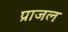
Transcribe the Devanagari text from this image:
प्राजल